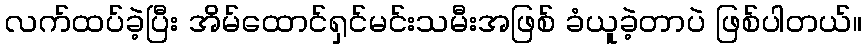
လက်ထပ်ခဲ့ပြီး အိမ်ထောင်ရှင်မင်းသမီးအဖြစ် ခံယူခဲ့တာပဲ ဖြစ်ပါတယ်။